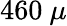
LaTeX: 460~\mu